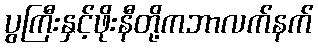
ပွကြီးနှင့်ဖိုးနီတို့ကဘာလက်နက်